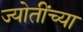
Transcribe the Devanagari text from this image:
ज्योतींच्या